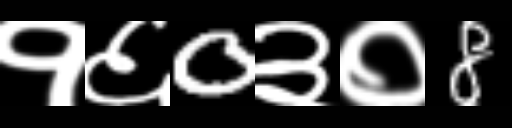
Text: १६0३०8